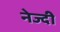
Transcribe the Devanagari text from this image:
नेज्दी